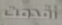
أقدمت